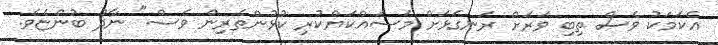
އެކަމަކު ވެސް ތިބި ވަރަށް ރަނގަޅަށް މަސައްކަޔްކުރި ކުޅުންތެރިން ވެސް" ނާދު ބުންޏެވެ.